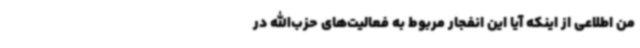
من اطلاعی از اینکه آیا این انفجار مربوط به فعالیت‌های حزب‌الله در